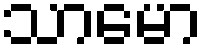
သာမော